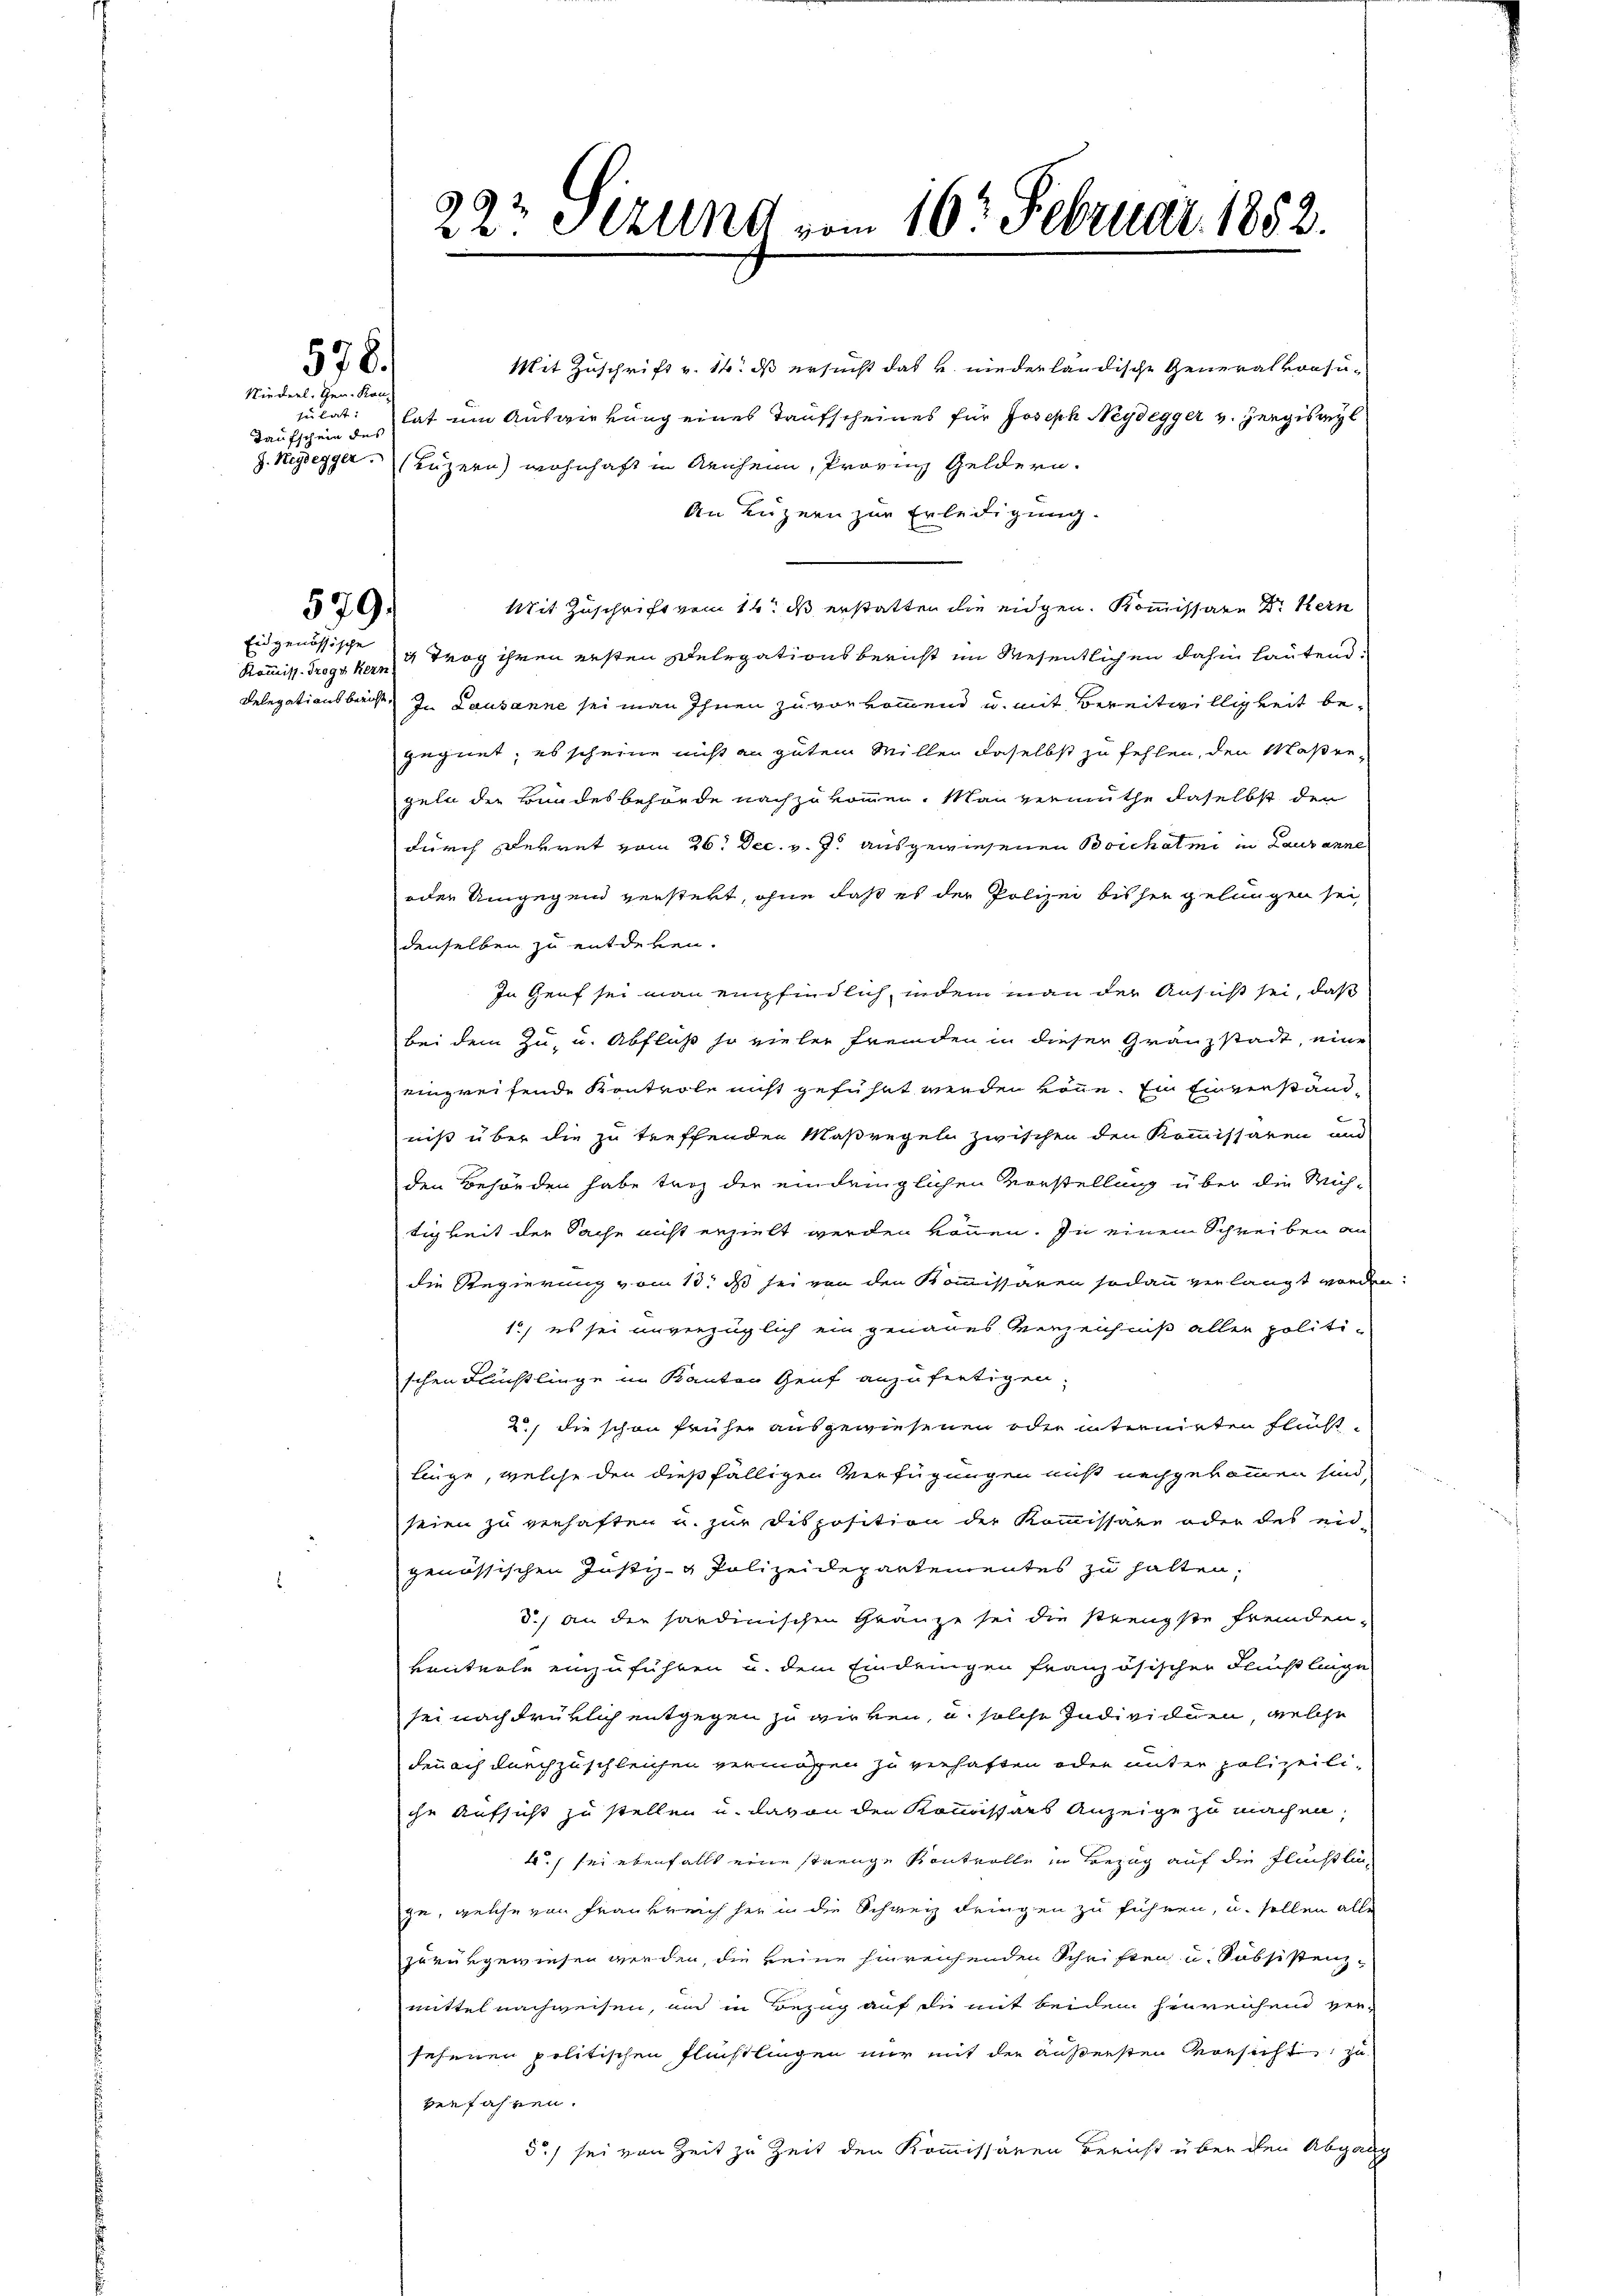
Niederl. Gen. Kon
Taufschein des

578.

579.

Eidgenössische

22½ Sizung vom 16. Februar 1852.

Mit Zuschrift v. 14. ds ersucht das u. niederländische Generalvorsusulat: hat um Auswirkung eines Taufscheines für Joseph Neydegger v. Hergisregl
z. Regsegger (Luzern) wohnhaft in Aenheim, Provinz Geldern.
An Luzern zur Erledigung.
Mit Zuschrift vom 14. ds erstatten die eidgen. Kommissare Dr. Kern
Kommiss. Trogskern 4 Trog ihren ersten Delegationsbericht im Wesentlichen dahin lautend.
Delegationsbericht in Lausanne sei man ihnen zu vorkommend u. mit Bereitwilligkeit begegnet, es scheine nicht an gutem Millen daselbst zu fehlen, den Maßengeln der Bundesbehörde nachzukommen. Man vermuthe daselbst den
durch Dekret vom 26. Dec. v. J. ausgewiesenen Borchatmi in Lausanne
oder Umgegend versteht, ohne daß es der Polizei bisher gelungen sei,
denselben zu entderen.
In Genf sei man empfindlich, indem man der Ansucht sei, daß
Bei dem Zu- u. Abfluß so vieler Fremden in dieser Gränzstadt, eine
eingreifende Kontrole nicht geführt werden könne. Ein Einverstandniß über die zu treffenden Maßregeln zwischen den Kommissaren und
den Behörden habe trag der eindringlichen Vorstellung über die Müh-
tigkeit der Sache nicht erzielt werden können. In einem Schreiben an
die Regierung vom 13. ds sei von den Kommissären sodann verlangt worden:
1., es sei unverzüglich ein genaues Verzeichniß aller politischen Flüchtlinge im Kanton Genf anzufertigen;
2., die schon früher ausgewiesenen oder internirten Fluchtllüge, welche den dießfälligen Verfügungen muß nachgekommen sind,
seien zu verhaften u. zur Disposition der Kommissare oder des eid-
genössischen Justiz- & Polizeidepartementes zu halten,
d., an der sardinischen Gränze sei die strengste fremden-
venterle einzuführen u. dem Eindrungen französischen Fluchtlinge
sei nachdrüklich entgegen zu wirken, u. solche Individuen, welche
denach durchzuschleichen vermögen zu verhaften oder unter polizeili-
che Aufsicht zu stellen u. davon den Kommissärs Anzeige zu machen.
4.) sei ebenfalls eine strenge Kontrolle in Bezug auf die Flüchtlic
ge, welche von Frankreich sei in die Schweiz dringen zu führen, u. sollen alle
zurükgewiesen werden, die keine hinreichenden Schriften u. Sössistenzmittel nachweisen, an in Bezug auf die mit beidem heureichen Her-
sehenen politischen Flüchtlingen nur mit der äußersten Vorsicht, zu
verfahren.
5.) sei von Zeit zu Zeit den Kommissären Bericht über den Abgang